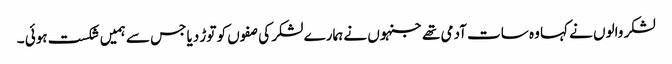
لشکر والوں نے کہا وہ سات آدمی تھے جنہوں نے ہمارے لشکر کی صفوں کو توڑ دیا جس سے ہمیں شکست ہوئی ۔